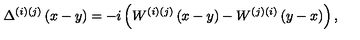
\Delta ^ { ( i ) ( j ) } \left( x - y \right) = - i \left( W ^ { ( i ) ( j ) } \left( x - y \right) - W ^ { ( j ) ( i ) } \left( y - x \right) \right) ,